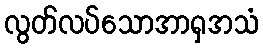
လွတ်လပ်သောအာရှအသံ